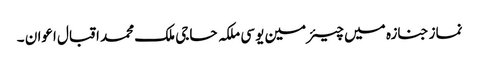
نماز جنازہ میں چیئرمین یو سی ملکہ حاجی ملک محمد اقبال اعوان ۔